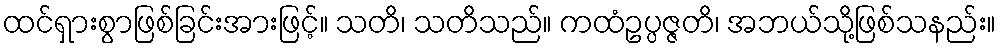
ထင်ရှားစွာဖြစ်ခြင်းအားဖြင့်။ သတိ၊ သတိသည်။ ကထံဥပ္ပဇ္ဇတိ၊ အဘယ်သို့ဖြစ်သနည်း။